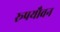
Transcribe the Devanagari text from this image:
रूपयौवन